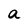
Character: a